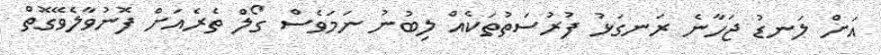
އަށް ލަނޑު ޖަހާނެ ރަނގަޅު ފުރުސަތުތަކެއް ލިބުނު ނަމަވެސް ގޯލް ތެރެއަށް ފޮނުވާލެވޭގޮތް